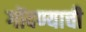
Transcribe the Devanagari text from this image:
गोंदण्याची